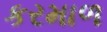
કરમાળ